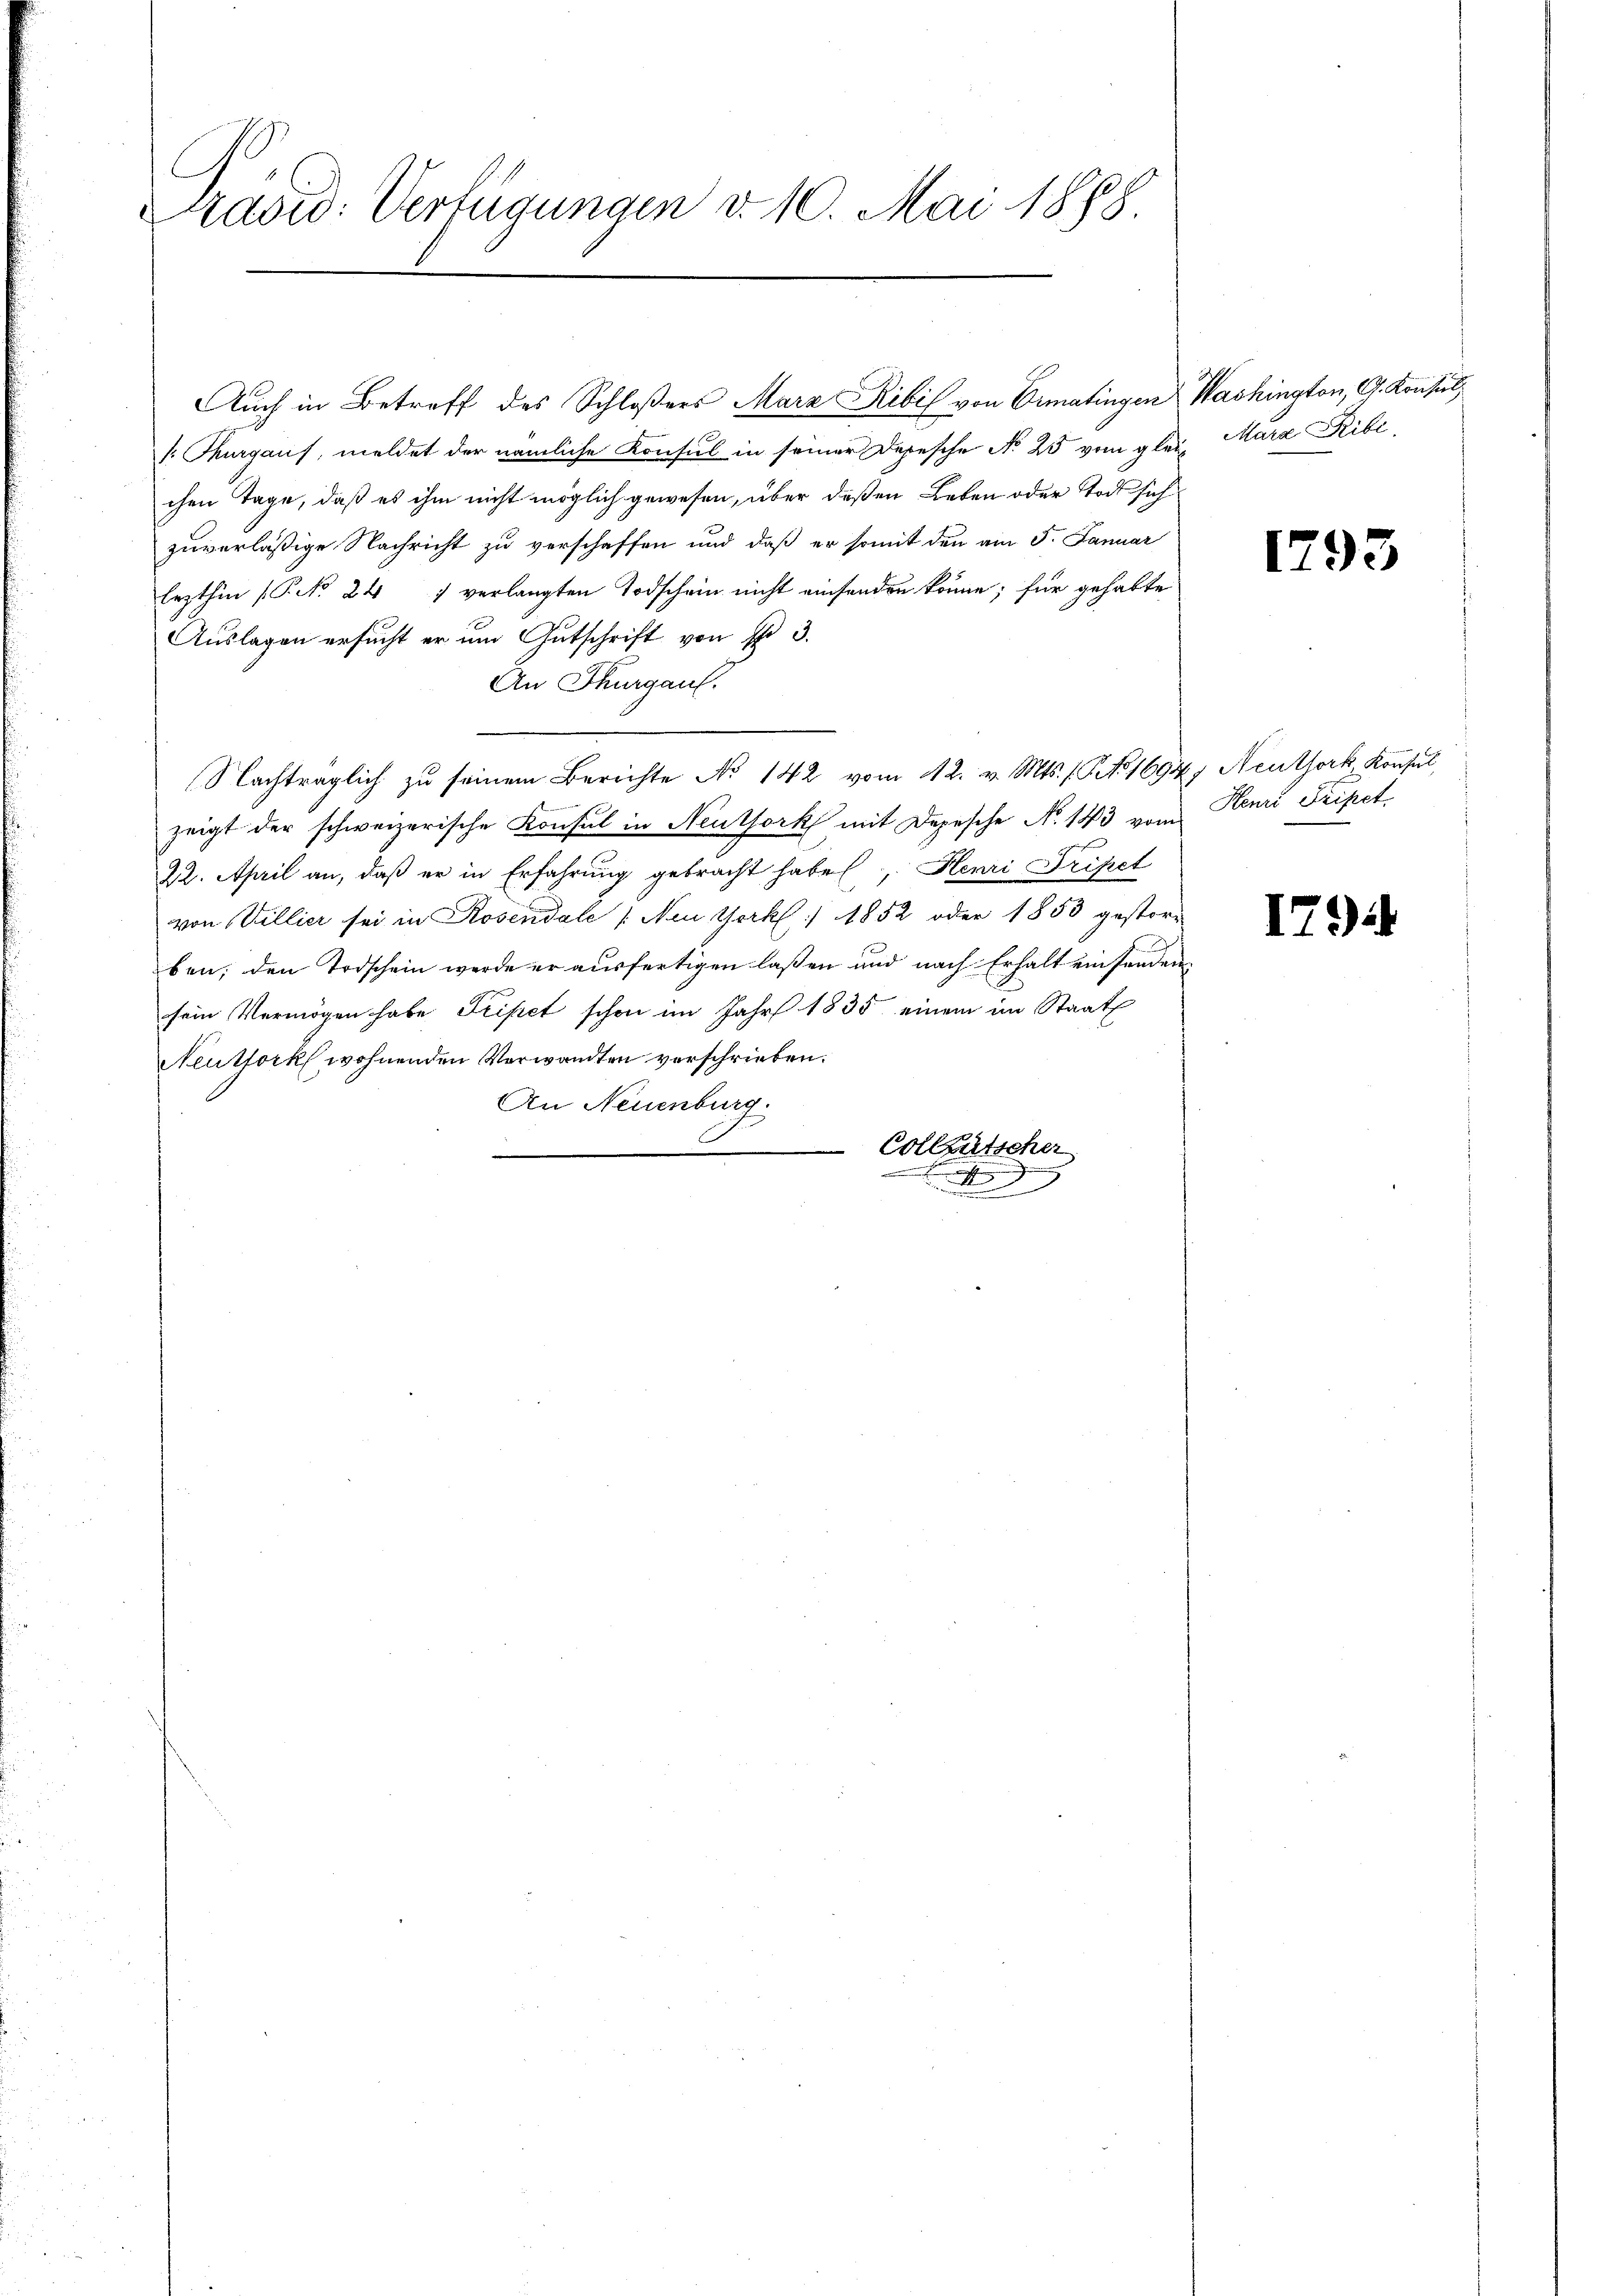
Pašid: Verfügungen v. 10. Mai 1888.

. Thurgaus, meldet der nämliche Konsul in seiner Depesche No 25 vom glei- Mara Ribe,
chen Tage, daß es ihm nicht möglich gewesen, über deßen Leben oder Tode sich
zuverläßige Nachricht zu verschaffen und daß er somit den am 5. Januar
Erzthin (P. No 24 1 verlangten Todschein nicht einsenden könne; für gehabte
Auslagen ersucht er um Gutschrift von Fr. 3.
An Thurgau.
Nachträglich zu seinem Berichte No 142 vom 12. v. Mts. (S. 1694, Neuthork, Konsul,
zeigt der schweizerische Konsul in Neuthork mit Depesche No. 143 vom Henri Tripet
22. April an, daß er in Erfahrung gebracht habe, Henri Tripet
von Villier sei in Rosendale [Neu York :/ 1852 oder 1853 gestor-
ben; den Todschein werde er ausfertigen laßen und nach Erhalt einfanden
sein Vermögen habe Fristet schon im Jahr 1835 einem im Staat
Neuthork wohnenden Vorwandten verschrieben.
An Neuenburg.
.
Colleutscher
.
t

Auch in Betreff des Schloßers Marz Ribil von Ermatingen

Washington, G. Konsul

1793

17)